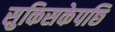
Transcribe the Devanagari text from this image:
सुकिसकेपछि